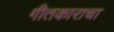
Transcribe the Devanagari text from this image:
गीतकाराचा